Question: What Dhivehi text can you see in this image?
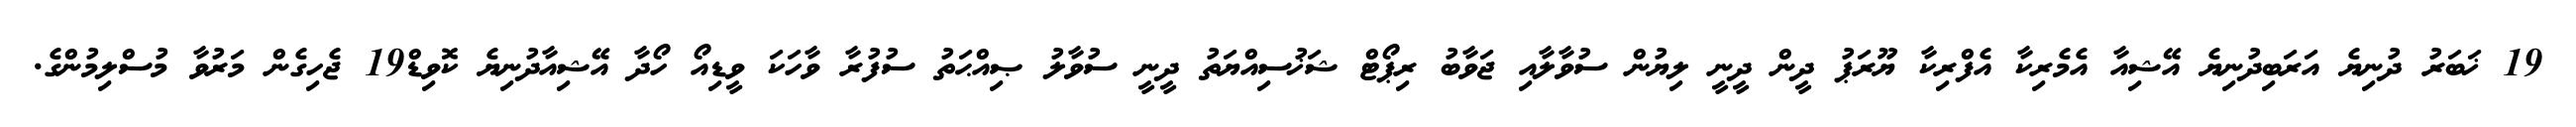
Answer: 19 ޚަބަރު ދުނިޔެ އަރަބިދުނިޔެ އޭޝިއާ އެމެރިކާ އެފްރިކާ ޔޫރަޕު ދީން ދީނީ ލިޔުން ސުވާލާއި ޖަވާބު ރިޕޯޓް ޝަޚުސިއްޔަތު ދީނީ ސުވާލު ޞިއްޙަތު ސުފުރާ ވާހަކަ ވީޑިއޯ ހޯދާ އޭޝިއާދުނިޔެ ކޮވިޑް19 ޖެހިގެން މަރުވާ މުސްލިމުންގެ.